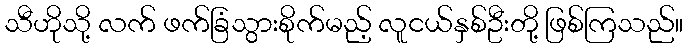
သီဟိုသို့ လက် ဖက်ခြံသွားစိုက်မည့် လူငယ်နှစ်ဦးတို့ ဖြစ်ကြသည်။